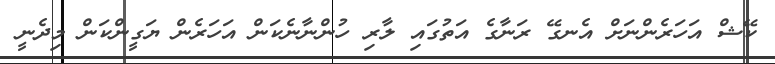
ކޭޝް އަހަރެންނަށް އެނގޭ ރަނާގެ އަތުގައި ލާރި ހުންނާނެކަން އަހަރެން ޔަގީންކަން މިދެނީ